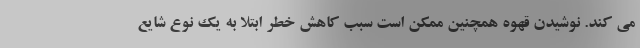
می کند. نوشیدن قهوه همچنین ممکن است سبب کاهش خطر ابتلا به یک نوع شایع